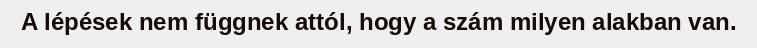
A lépések nem függnek attól, hogy a szám milyen alakban van.